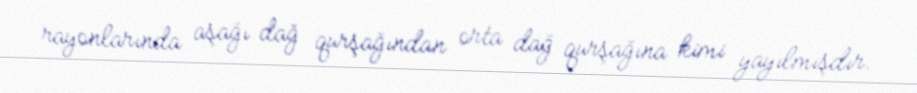
rayonlarında aşağı dağ qurşağından orta dağ qurşağına kimi yayılmışdır.